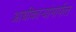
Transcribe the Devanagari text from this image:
आधीकार्‍यांमार्फत